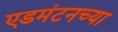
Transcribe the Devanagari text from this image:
एडमंटनच्या